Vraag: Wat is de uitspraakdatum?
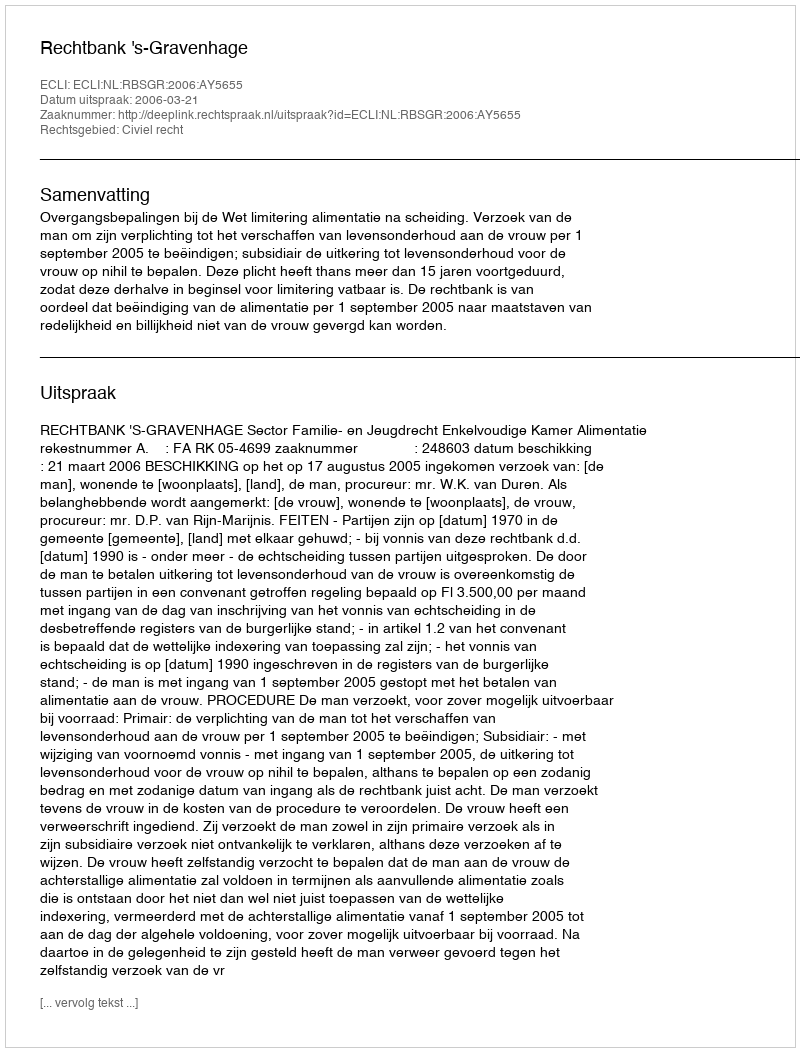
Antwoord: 2006-03-21